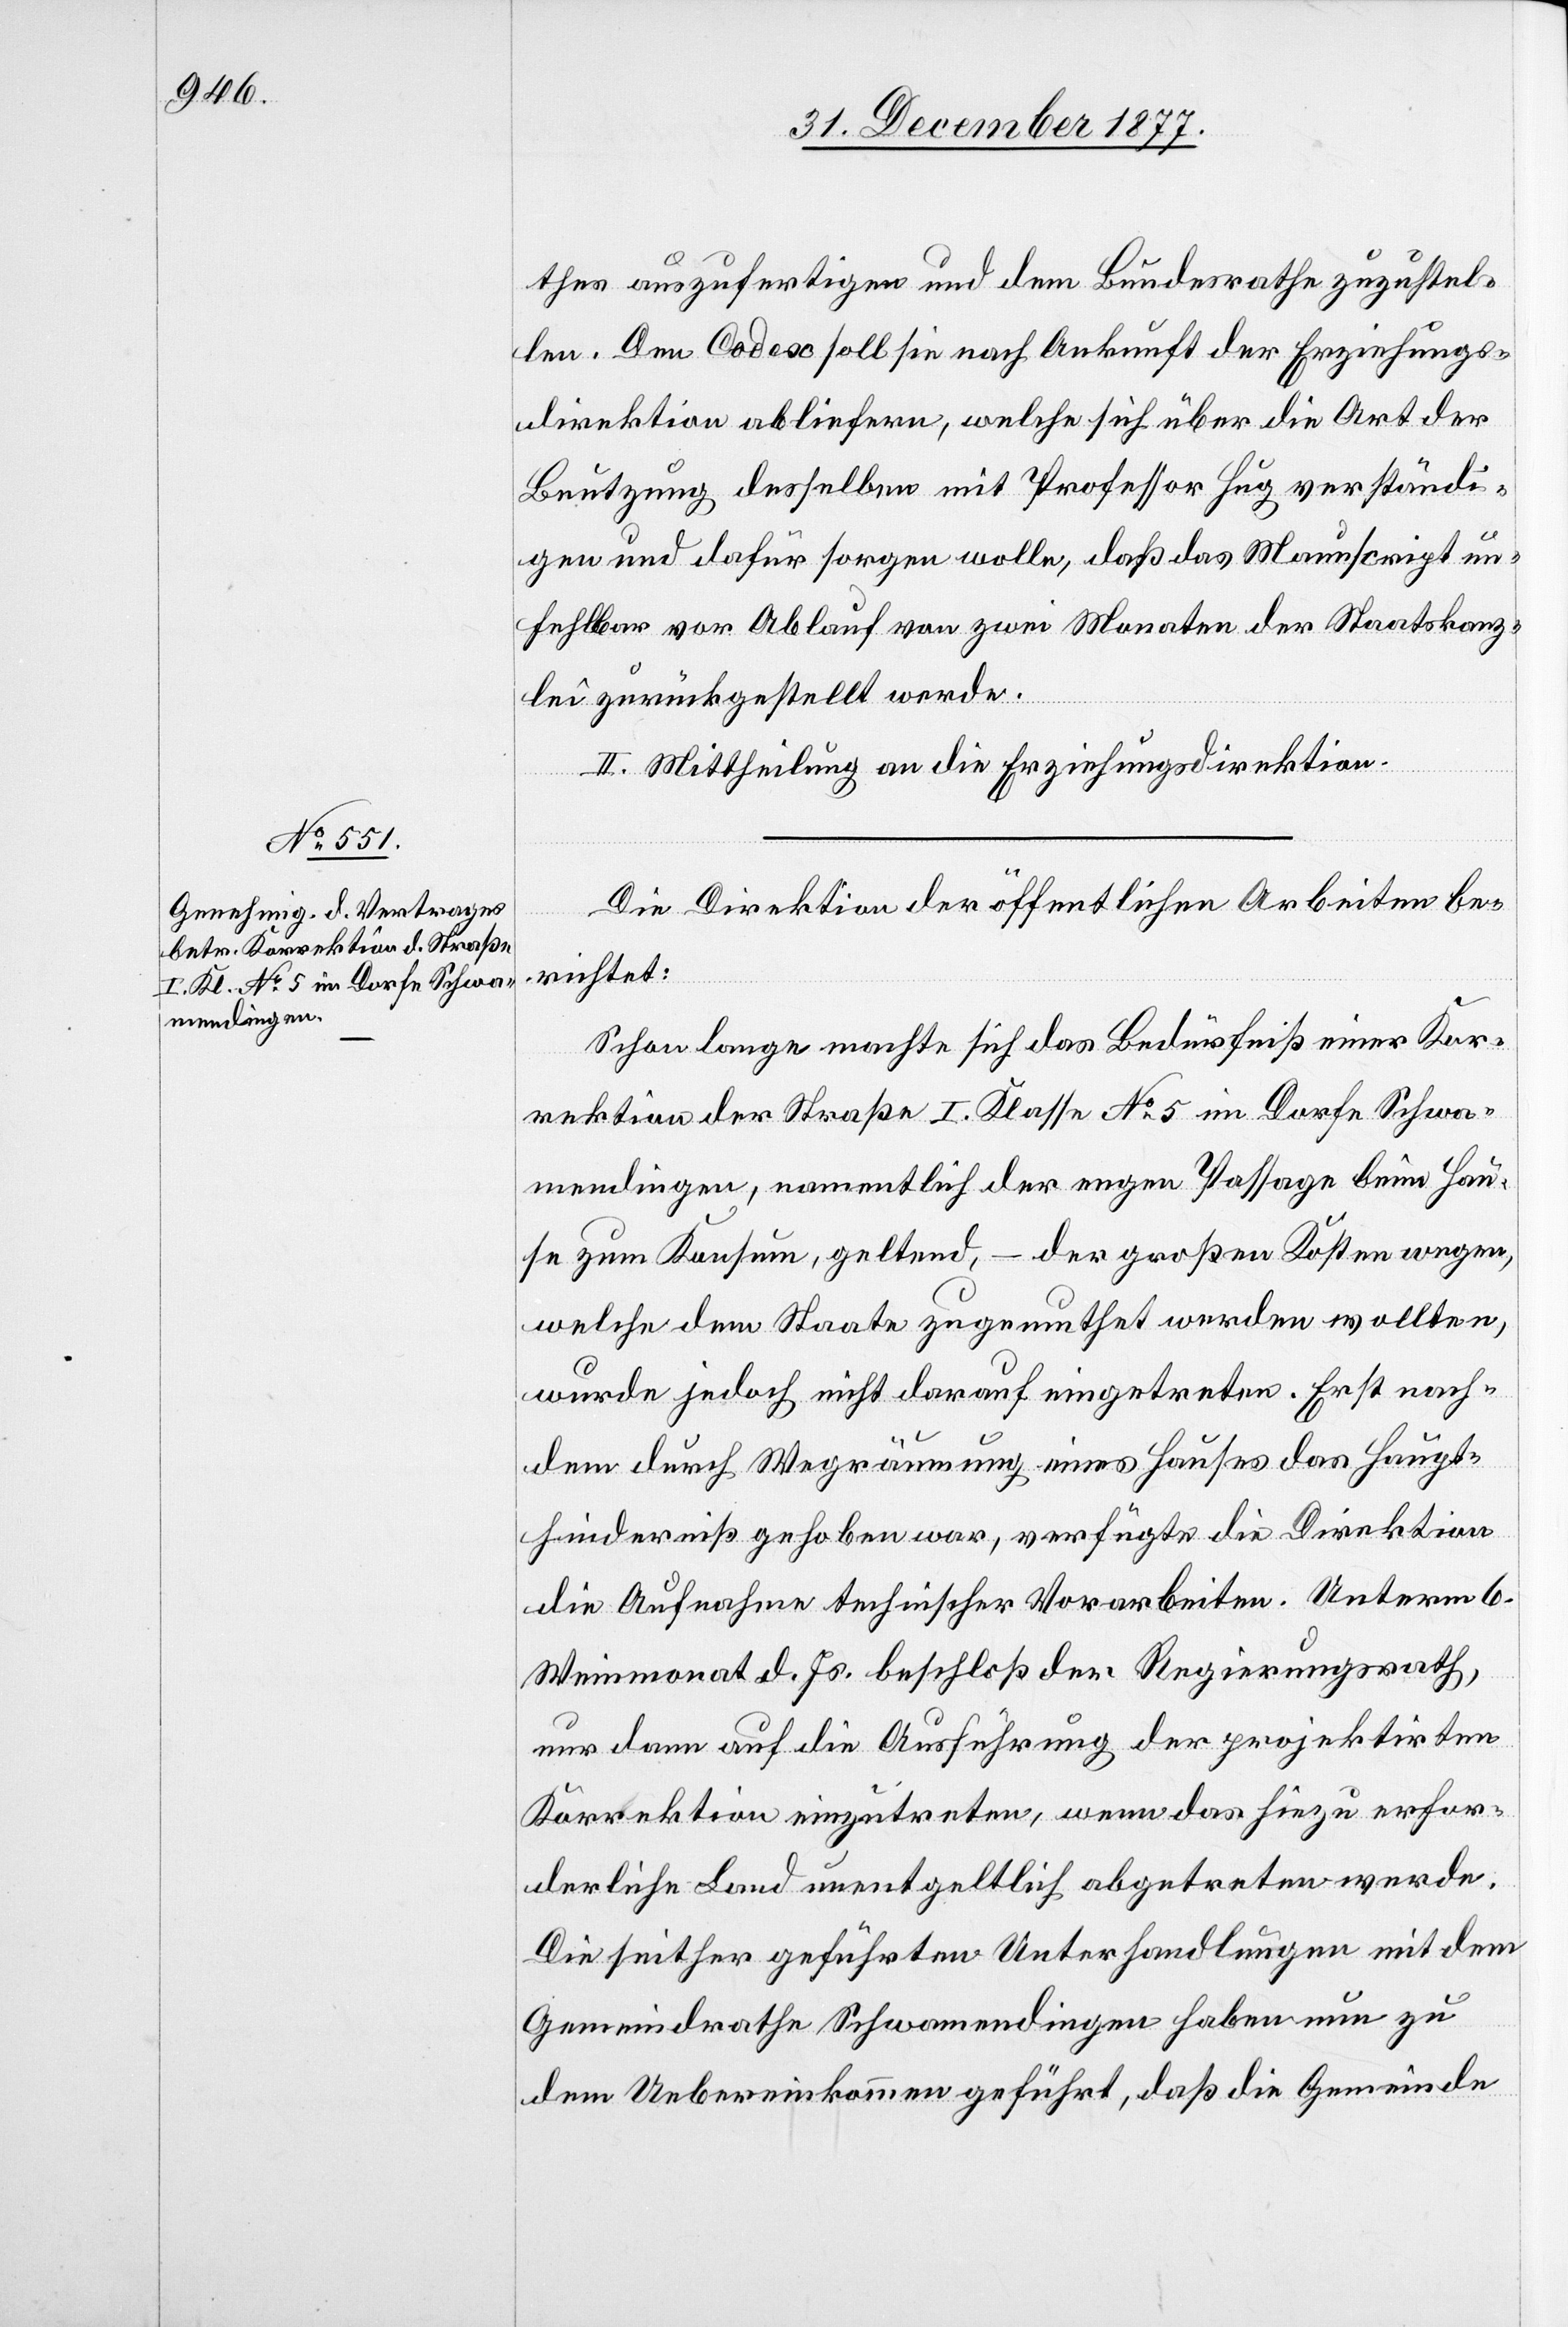
thes auszufertigen und dem Bundesrathe zuzustel¬
len. Den Codex soll sie nach Ankunft der Erziehungs¬
direktion abliefern, welche sich über die Art der
Be[n]utzung desselben mit Professor Hug verständi¬
gen und dafür sorgen wolle, daß das Manuscript un¬
fehlbar vor Ablauf von zwei Monaten der Staatskanz¬
lei zurückgestellt werde.
II. Mittheilung an die Erziehungsdirektion.
Die Direktion der öffentlichen Arbeiten be¬
richtet:
Schon lange machte sich das Bedürfniß einer Kor¬
rektion der Straße I. Klasse No 5 im Dorfe Schwa¬
mendingen, namentlich der engen Passage beim Hau¬
se zum Konsum, geltend, – der großen Kosten wegen,
welche dem Staate zugemuthet werden wollten,
wurde jedoch nicht darauf eingetreten. Erst nach¬
dem durch Wegräumung eines Hauses das Haupt¬
hinderniß gehoben war, verfügte die Direktion
die Aufnahme technischer Vorarbeiten. Unterm 6.
Weinmonat d. Js. beschloß der Regierungsrath,
nur dann auf die Ausführung der projektirten
Korrektion einzutreten, wenn das hiezu erfor¬
derliche Land unentgeltlich abgetreten werde.
Die seither geführten Unterhandlungen mit dem
Gemeindrathe Schwamendingen haben nun zu
dem Uebereinkommen geführt, daß die Gemeinde